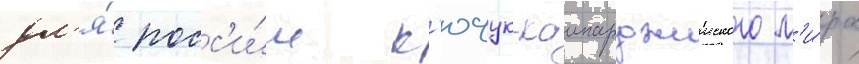
дл'я́ росс'и́и к'ючук-каинарджииского м'и́ра